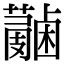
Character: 𧃭